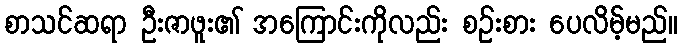
စာသင်ဆရာ ဦးဇာဖူး၏ အကြောင်းကိုလည်း စဉ်းစား ပေလိမ့်မည်။